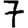
Digit: 7